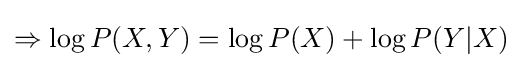
\Rightarrow \log P(X,Y)=\log P(X)+\log P(Y|X)